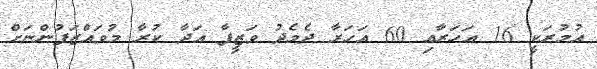
އުމުރަކީ 16 އަހަރާއި 60 އަހަރާ ދެމެދު ވަޒީފާ އަދާ ކުރާ މުވައްޒަފުންނަށް